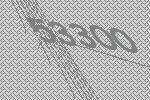
53300